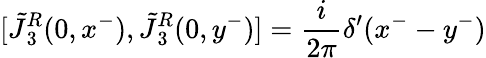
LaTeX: [\tilde{J}{^{R}_{3}}(0,x^{-}),\tilde{J}{^{R}_{3}}(0,y^{-})]={\frac{i}{2\pi}}\delta^{\prime}(x^{-}-y^{-})